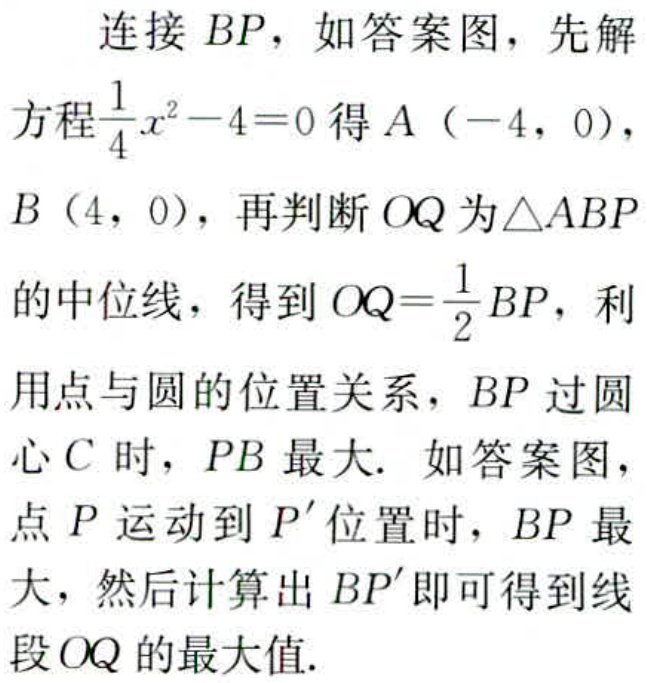
连接 \(BP\)，如答案图，先解

方程\(\frac{1}{4}x^{2}-4 = 0\)得\(A(-4,0)\)，

\(B(4,0)\)，再判断 \(OQ\)为\(\triangle ABP\)

的中位线，得到\(OQ=\frac{1}{2}BP\)，利

用点与圆的位置关系，\(BP\)过圆

心 \(C\) 时，\(PB\) 最大. 如答案图，

点 \(P\) 运动到 \(P'\) 位置时，\(BP\) 最

大，然后计算出 \(BP'\)即可得到线

段 \(OQ\) 的最大值.